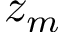
z _ { m }